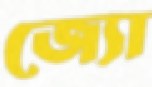
জ্যো